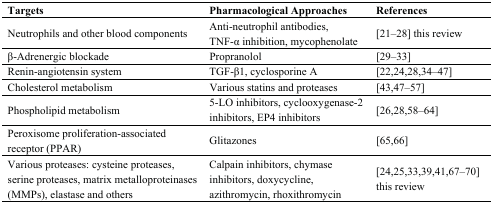
<table><thead><tr><td><b>Targets</b></td><td><b>Pharmacological Approaches</b></td><td><b>References</b></td></tr></thead><tbody><tr><td>Neutrophils and other blood components</td><td>Anti-neutrophil antibodies, TNF-α inhibition, mycophenolate</td><td>[21–28] this review</td></tr><tr><td>β-Adrenergic blockade</td><td>Propranolol</td><td>[29–33]</td></tr><tr><td>Renin-angiotensin system</td><td>TGF-β1, cyclosporine A</td><td>[22,24,28,34–47]</td></tr><tr><td>Cholesterol metabolism</td><td>Various statins and proteases</td><td>[43,47–57]</td></tr><tr><td>Phospholipid metabolism</td><td>5-LO inhibitors, cyclooxygenase-2 inhibitors, EP4 inhibitors</td><td>[26,28,58–64]</td></tr><tr><td>Peroxisome proliferation-associated receptor (PPAR)</td><td>Glitazones</td><td>[65,66]</td></tr><tr><td>Various proteases: cysteine proteases, serine proteases, matrix metalloproteinases (MMPs), elastase and others</td><td>Calpain inhibitors, chymase inhibitors, doxycycline, azithromycin, rhoxithromycin</td><td>[24,25,33,39,41,67–70] this review</td></tr></tbody></table>